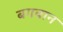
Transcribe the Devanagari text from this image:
बगवान